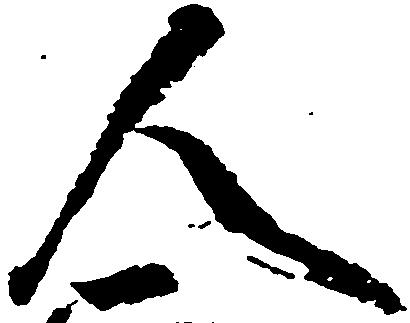
人